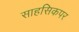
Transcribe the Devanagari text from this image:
साहसिकपर